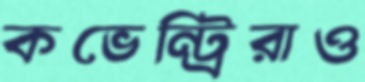
কভেন্ট্রিরাও